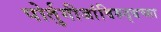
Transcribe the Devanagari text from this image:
पोर्तुगीजांविरुद्धच्या